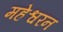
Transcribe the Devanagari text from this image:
महेश्वरन